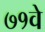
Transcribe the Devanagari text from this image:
७१वे